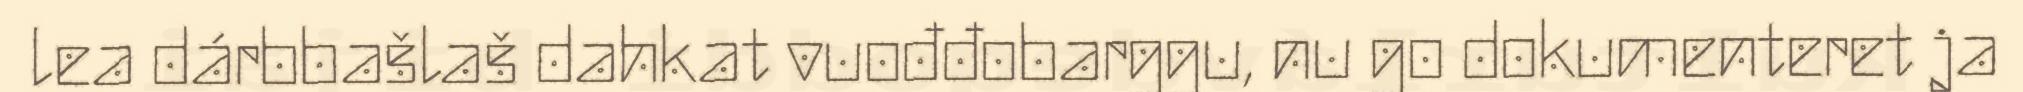
lea dárbbašlaš dahkat vuođđobarggu, nu go dokumenteret ja